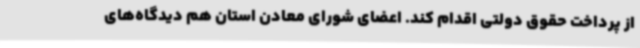
از پرداخت حقوق دولتی اقدام کند. اعضای شورای معادن استان هم دیدگاه‌های